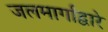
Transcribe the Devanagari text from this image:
जलमार्गांद्वारे